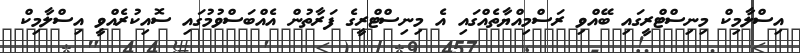
އިސްލާމިކް މިނިސްޓްރީގައި ބޭއްވި ރަސްމިއްޔާތެއްގައި އެ މިނިސްޓްރީގެ ފަރާތުން އެއްބަސްވުމުގައި ސޮއިކުރެއްވީ އިސްލާމިކް